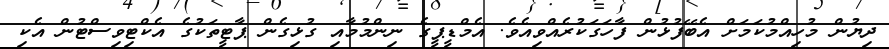
ދިޔުން މުހިއްމުކަމަށް އެބޭފުޅުން ފާހަގަކުރެއްވިއެވެ. އެމްޑީޕީގެ ނިންމުމާއި ގުޅިގެން ޕާޓީތަކުގެ އެކްޓިވިސްޓުން އެކި